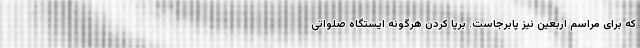
که برای مراسم اربعین نیز پابرجاست. برپا کردن هرگونه ایستگاه صلواتی